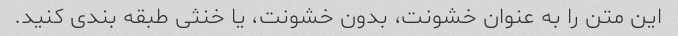
این متن را به عنوان خشونت، بدون خشونت، یا خنثی طبقه بندی کنید.